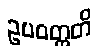
ဥပဝတ္တတိ